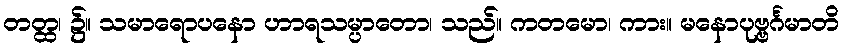
တတ္ထ၊ ၌။ သမာရောပနော ဟာရသမ္ပာတော၊ သည်။ ကတမော၊ ကား။ မနောပုဗ္ဗင်္ဂမာတိ